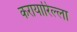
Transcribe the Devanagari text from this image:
करायारिल्ला